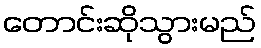
တောင်းဆိုသွားမည်